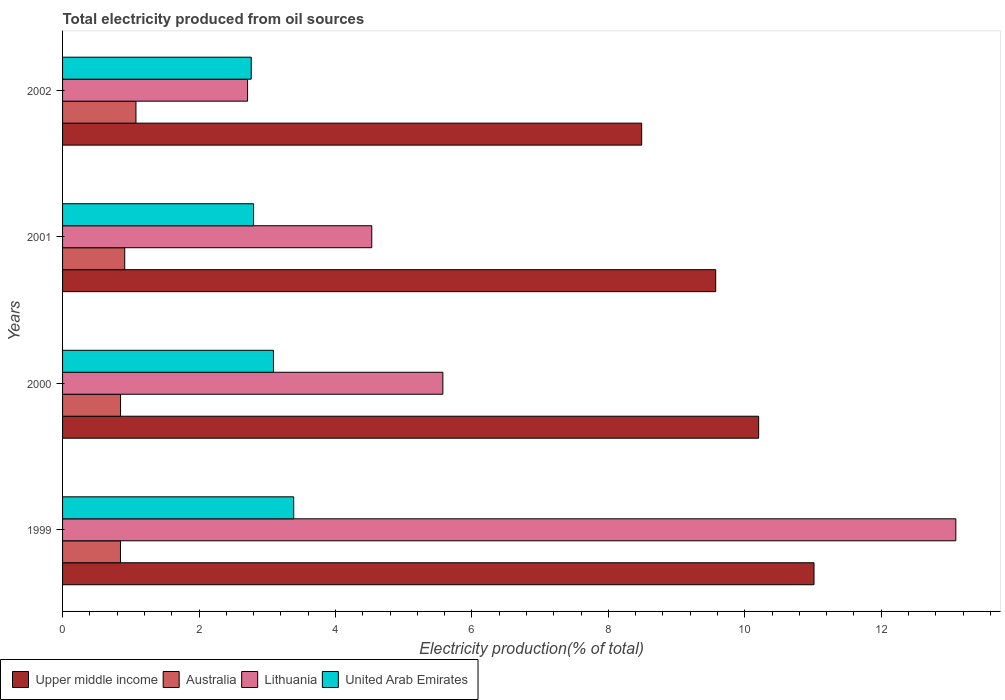
| Years | Upper middle income | Australia | Lithuania | United Arab Emirates |
 | --- | --- | --- | --- | --- |
 | 1999 | 11 | 0.849 | 13.1 | 3.39 |
 | 2000 | 10.2 | 0.85 | 5.58 | 3.09 |
 | 2001 | 9.57 | 0.911 | 4.53 | 2.8 |
 | 2002 | 8.49 | 1.08 | 2.71 | 2.77 |